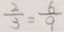
\frac { 2 } { 3 } = \frac { 6 } { 9 }